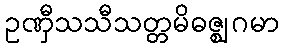
ဥဏှီသသီသတ္တမိဓဇ္ဈဂမာ